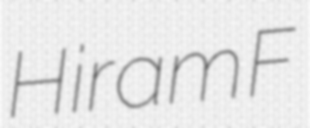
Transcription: Hiram F